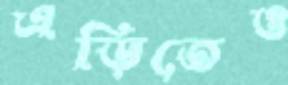
এড়িতেও